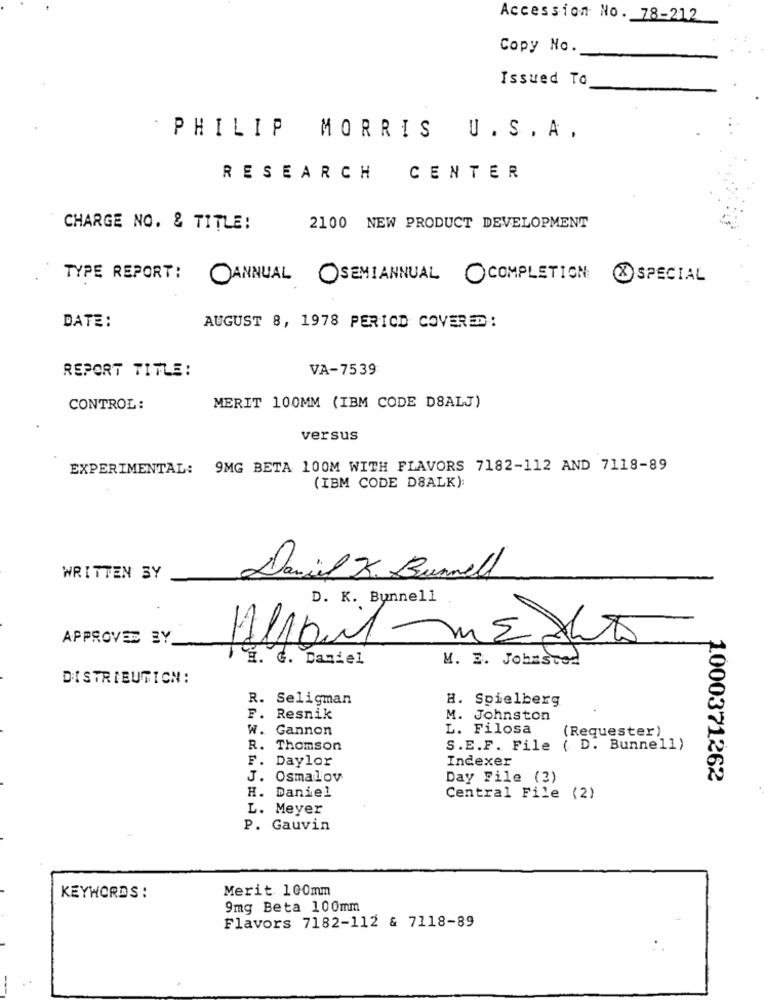
Accession No. 78-212
Copy No.
Issued To
` PHILIP MORRIS U. S.A.
RESEARCH
CENTER
CHARGE NO. & TITLE:
2100 NEW PRODUCT DEVELOPMENT
TYPE REPORT:
OANNUAL OSEMIANNUAL OCOMPLETION
& SPECIAL
DATE:
AUGUST 8, 1978 PERIOD COVERED:
REPORT TITLE:
VA-7539
CONTROL:
MERIT 100MM (IBM CODE DSALJ)
versus
EXPERIMENTAL: 9MG BETA 100M WITH FLAVORS 7182-112 AND 7118-89
(IBM CODE DSALK):
WRITTEN BY
Daniel K. Bunnell
D. K. Bunnell
APPROVED BY
TH. G. Daniel
M. E. Johnsted
DISTRIBUTION:
R. Seligman
H. Spielberg
F. Resnik
M. Johnston
W. Gannon
L. Filosa
(Requester)
R. Thomson
S. E.F . File ( D. Bunnell)
F. Daylor
Indexer
J. Osmalov
Day File (2)
1000371262
H. Daniel
Central File (2)
L. Meyer
P. Gauvin
Merit 100mm
KEYWORDS :
9mg Beta 100mm
Flavors 7182-112 & 7118-89